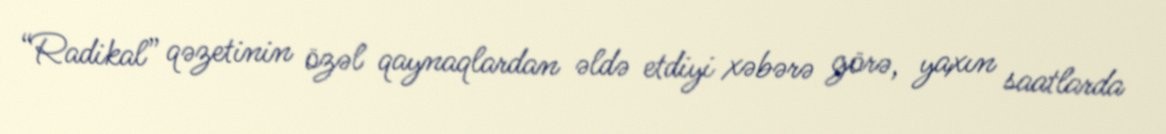
“Radikal” qəzetinin özəl qaynaqlardan əldə etdiyi xəbərə görə, yaxın saatlarda